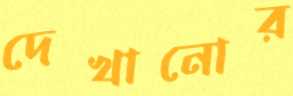
দেখানোর